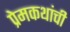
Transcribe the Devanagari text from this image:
प्रेमकथांची